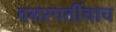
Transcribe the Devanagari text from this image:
वनस्पतींचाच